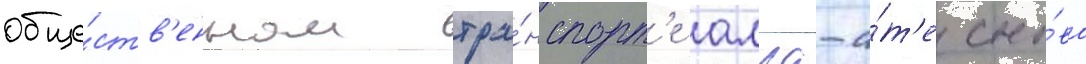
обще́ств'енном тра́нспорт'е алма-а́т'е сно́ва